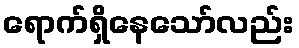
ရောက်ရှိနေသော်လည်း